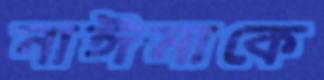
নাঈমাকে